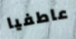
عاطفيا